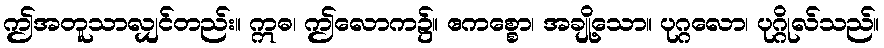
ဤအတူသာလျှင်တည်း။ ဣဓ၊ ဤလောက၌။ ဧကစ္စော၊ အချို့သော။ ပုဂ္ဂလော၊ ပုဂ္ဂိုလ်သည်။